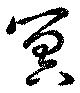
冥